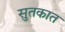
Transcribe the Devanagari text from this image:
सुतकात